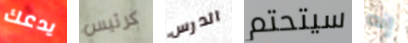
يدعك كرئيس الدرس سيتحتم إنه